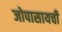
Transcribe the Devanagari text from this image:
जोपासायची